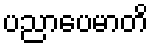
ပညာပေမာတိ